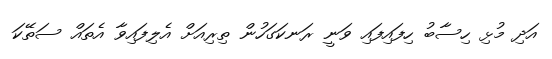
އަދި މުޅި ހިސާބު ހިފައިފައި ވަނީ ރަނކަގަހުން ތިރިއަށް އެލިފައިވާ އެތައް ސަތޭކަ